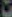
ت